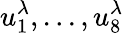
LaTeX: u_{1}^{\lambda},...,u_{8}^{\lambda}